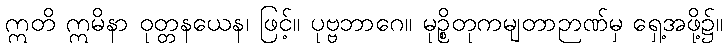
ဣတိ ဣမိနာ ဝုတ္တနယေန၊ ဖြင့်။ ပုဗ္ဗဘာဂေ။ မုဉ္စိတုကမျတာဉာဏ်မှ ရှေ့အဖို့၌။